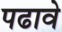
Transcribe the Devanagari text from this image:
पढावे